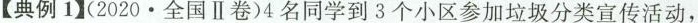
【典例1】(2020·全国Ⅱ卷)4名同学到3个小区参加垃圾分类宣传活动，